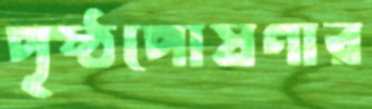
পৃষ্ঠপোষণার